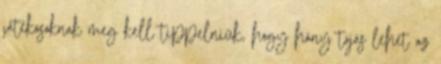
játékosoknak meg kell tippelniük, hogy hány tojás lehet az